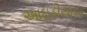
આઇડીયાઝ